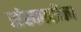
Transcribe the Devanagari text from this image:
संस्कारोंका